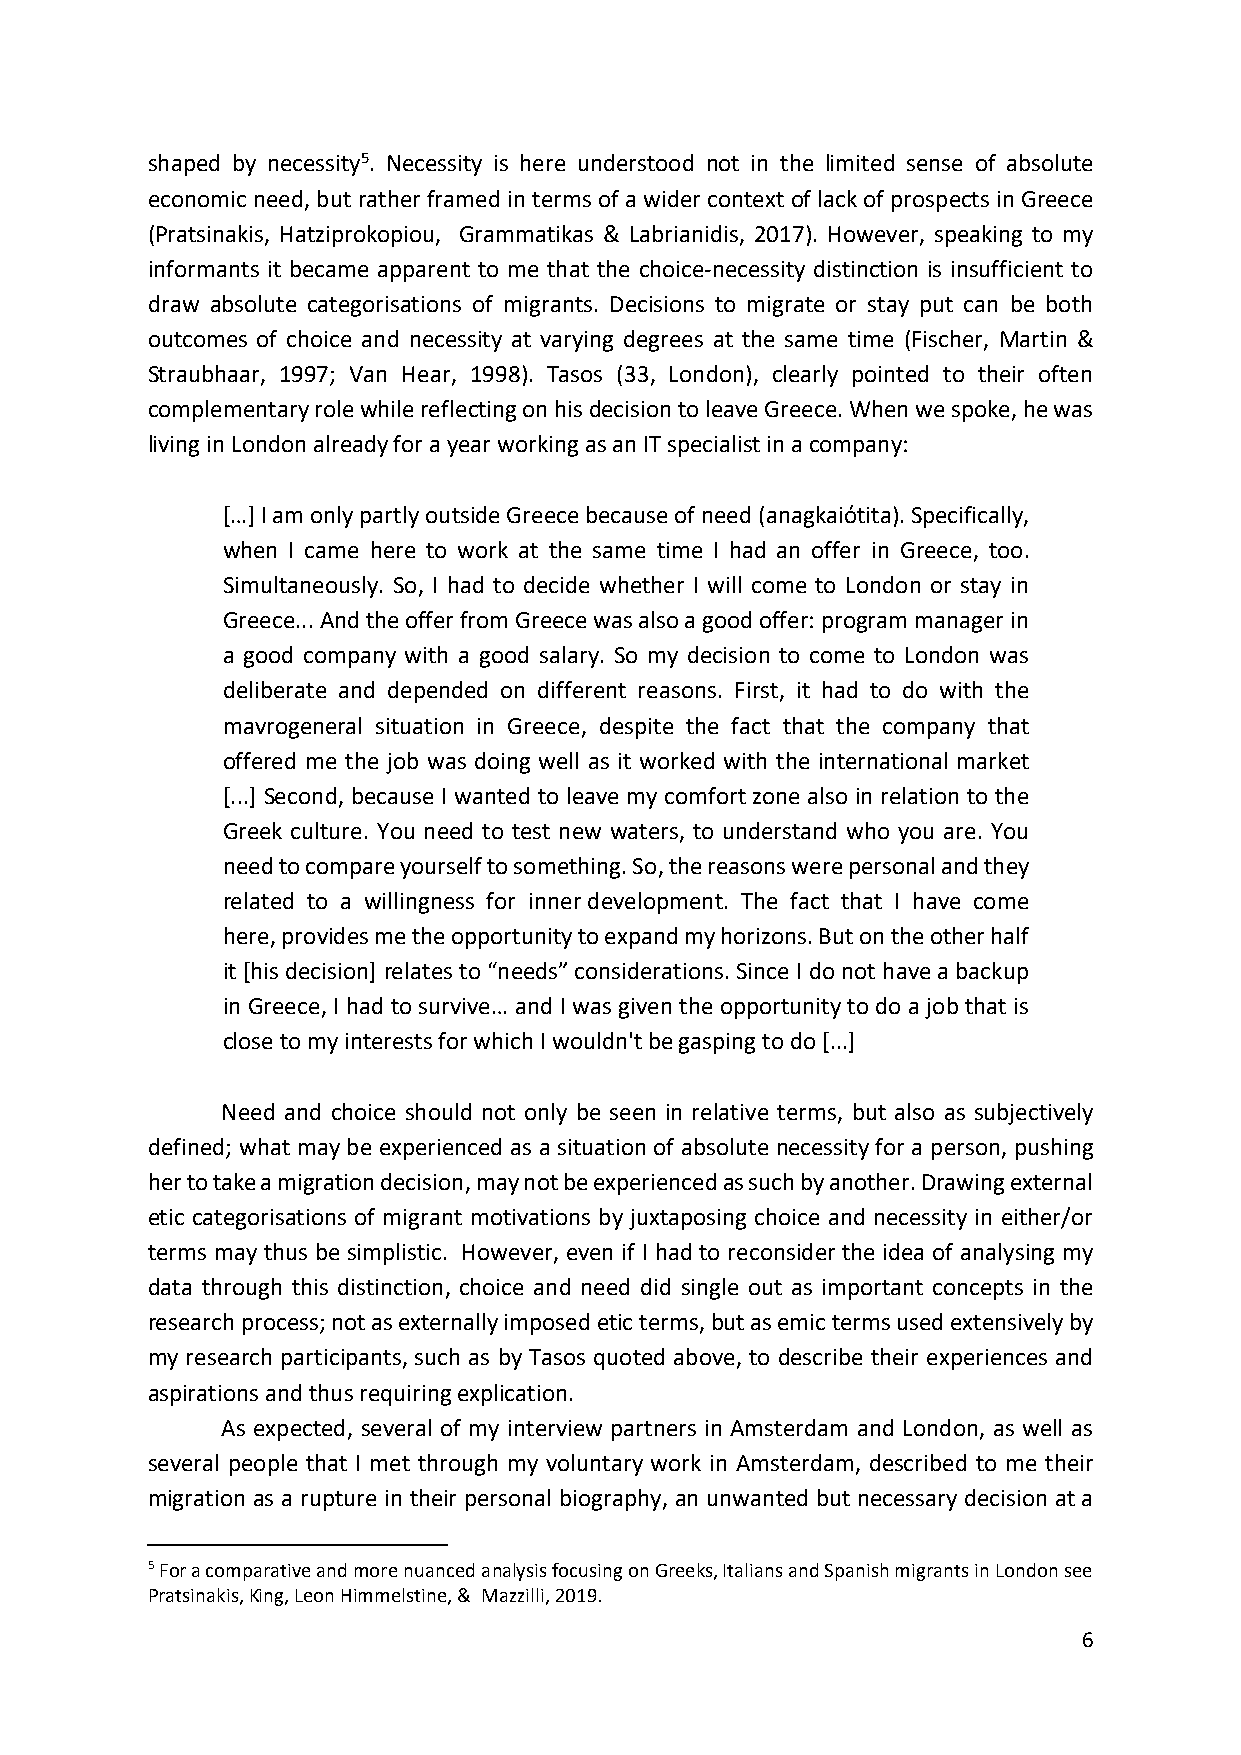
shaped by necessity5. Necessity is here understood not in the limited sense of absolute
 economic need, but rather framed in terms of a wider context of lack of prospects in Greece
 (Pratsinakis, Hatziprokopiou, Grammatikas & Labrianidis, 2017). However, speaking to my
 informants it became apparent to me that the choice-necessity distinction is insufficient to
 draw absolute categorisations of migrants. Decisions to migrate or stay put can be both
 outcomes of choice and necessity at varying degrees at the same time (Fischer, Martin &
 Straubhaar, 1997; Van Hear, 1998). Tasos (33, London), clearly pointed to their often
 complementary role while reflecting on his decision to leave Greece. When we spoke, he was
 living in London already for a year working as an IT specialist in a company:
 […] I am only partly outside Greece because of need (anagkaiόtita). Specifically,
 when I came here to work at the same time I had an offer in Greece, too.
 Simultaneously. So, I had to decide whether I will come to London or stay in
 Greece... And the offer from Greece was also a good offer: program manager in
 a good company with a good salary. So my decision to come to London was
 deliberate and depended on different reasons. First, it had to do with the
 mavrogeneral situation in Greece, despite the fact that the company that
 offered me the job was doing well as it worked with the international market
 [...] Second, because I wanted to leave my comfort zone also in relation to the
 Greek culture. You need to test new waters, to understand who you are. You
 need to compare yourself to something. So, the reasons were personal and they
 related to a willingness for inner development. The fact that I have come
 here, provides me the opportunity to expand my horizons. But on the other half
 it [his decision] relates to “needs” considerations. Since I do not have a backup
 in Greece, I had to survive… and I was given the opportunity to do a job that is
 close to my interests for which I wouldn't be gasping to do [...]
 Need and choice should not only be seen in relative terms, but also as subjectively
 defined; what may be experienced as a situation of absolute necessity for a person, pushing
 her to take a migration decision, may not be experienced as such by another. Drawing external
 etic categorisations of migrant motivations by juxtaposing choice and necessity in either/or
 terms may thus be simplistic. However, even if I had to reconsider the idea of analysing my
 data through this distinction, choice and need did single out as important concepts in the
 research process; not as externally imposed etic terms, but as emic terms used extensively by
 my research participants, such as by Tasos quoted above, to describe their experiences and
 aspirations and thus requiring explication.
 As expected, several of my interview partners in Amsterdam and London, as well as
 several people that I met through my voluntary work in Amsterdam, described to me their
 migration as a rupture in their personal biography, an unwanted but necessary decision at a
 5 For a comparative and more nuanced analysis focusing on Greeks, Italians and Spanish migrants in London see
 Pratsinakis, King, Leon Himmelstine, & Mazzilli, 2019.
 6